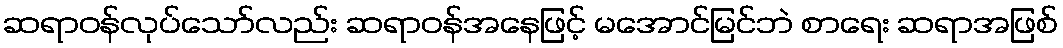
ဆရာဝန်လုပ်သော်လည်း ဆရာဝန်အနေဖြင့် မအောင်မြင်ဘဲ စာရေး ဆရာအဖြစ်